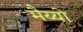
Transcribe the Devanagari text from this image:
मैय्यो